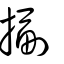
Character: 疈